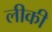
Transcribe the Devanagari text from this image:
लीकी